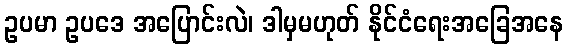
ဥပမာ ဥပဒေ အပြောင်းလဲ၊ ဒါမှမဟုတ် နိုင်ငံရေးအခြေအနေ